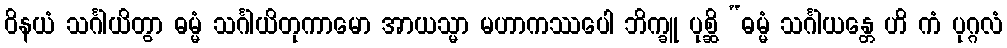
ဝိနယံ သင်္ဂါယိတွာ ဓမ္မံ သင်္ဂါယိတုကာမော အာယသ္မာ မဟာကဿပေါ ဘိက္ခူ ပုစ္ဆိ “ဓမ္မံ သင်္ဂါယန္တေ ဟိ ကံ ပုဂ္ဂလံ